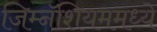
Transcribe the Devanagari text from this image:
जिम्नॅशियममध्ये